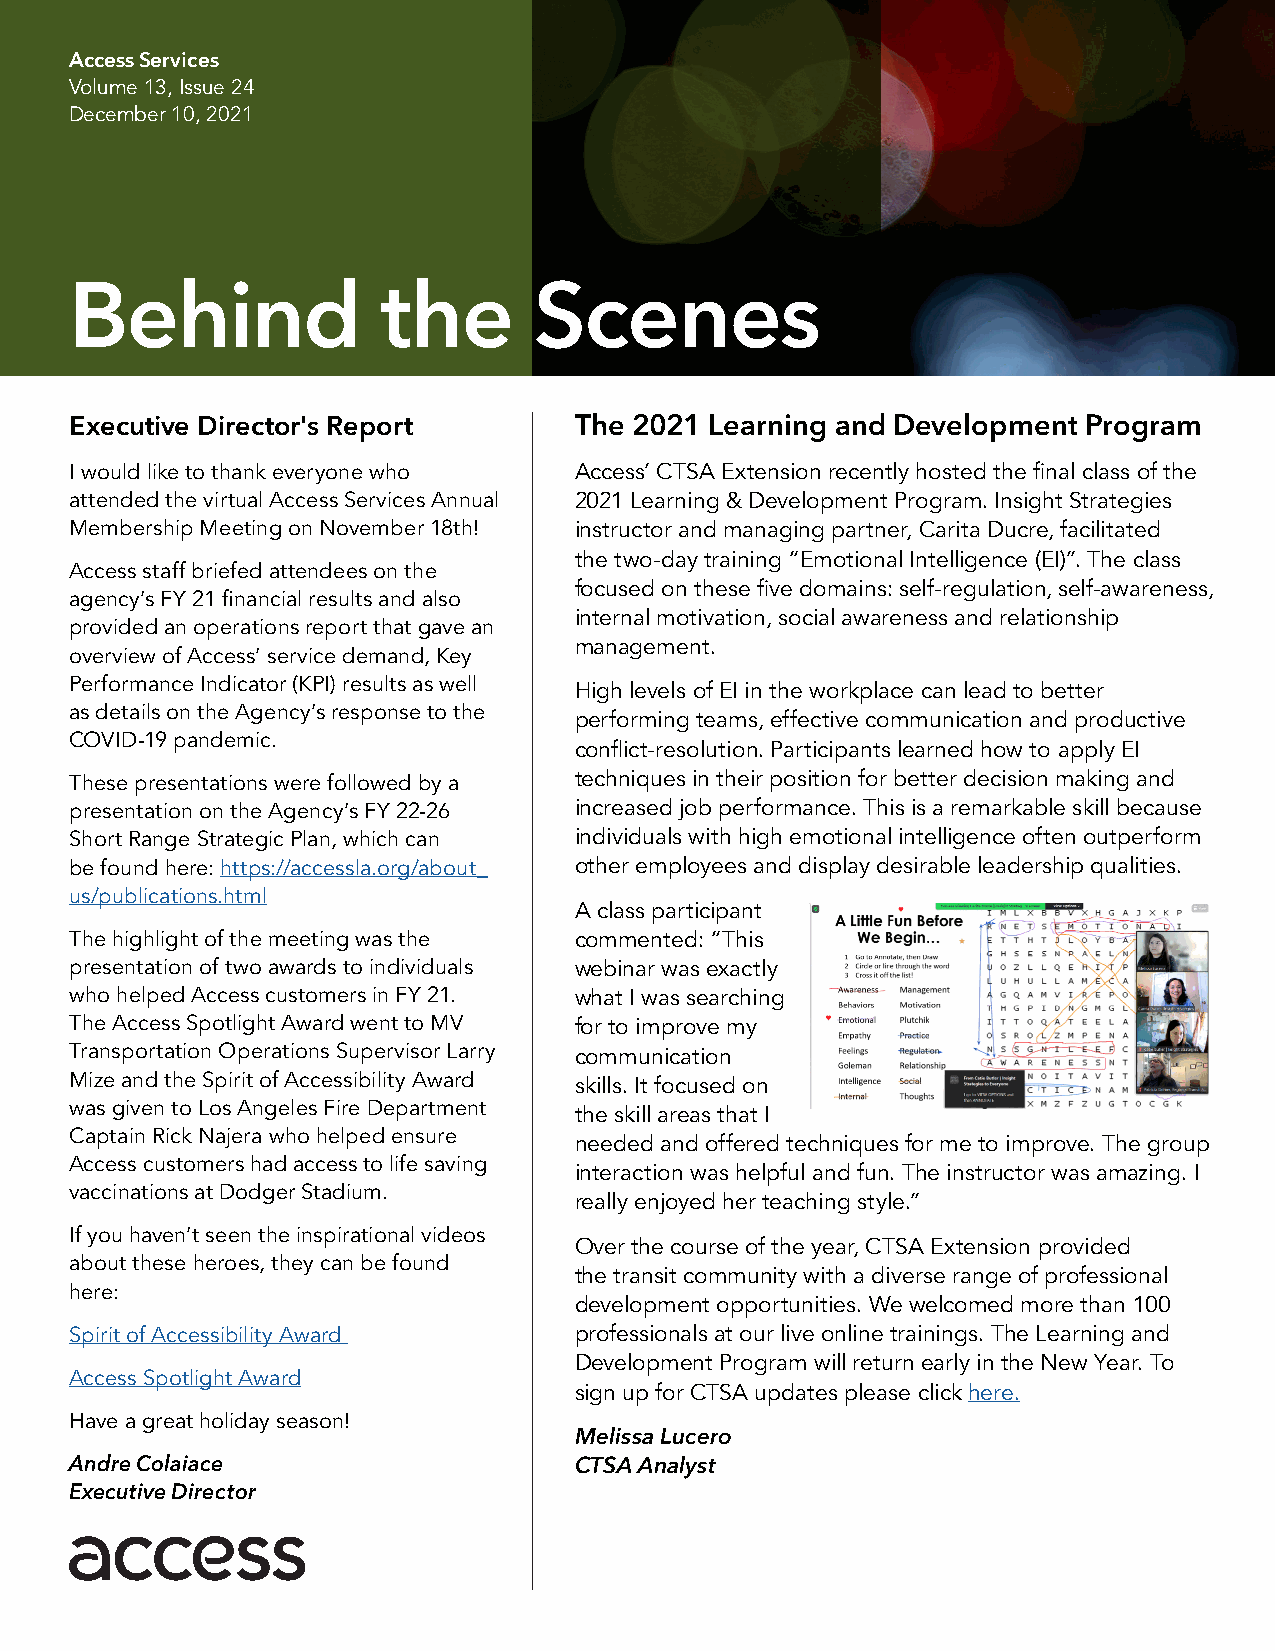
Access Services
 Volume 13, Issue 24
 December 10, 2021
 Behind              the       Scenes
 Executive Director's Report      The 2021 Learning and Development Program
 I would like to thank everyone who Access’ CTSA Extension recently hosted the final class of the
 attended the virtual Access Services Annual 2021 Learning & Development Program. Insight Strategies
 Membership Meeting on November 18th! instructor and managing partner, Carita Ducre, facilitated
 the two-day training “Emotional Intelligence (EI)”. The class
 Access staff briefed attendees on the
 focused on these five domains: self-regulation, self-awareness,
 agency’s FY 21 financial results and also
 internal motivation, social awareness and relationship
 provided an operations report that gave an
 management.
 overview of Access’ service demand, Key
 Performance Indicator (KPI) results as well
 High levels of EI in the workplace can lead to better
 as details on the Agency’s response to the
 performing teams, effective communication and productive
 COVID-19 pandemic.
 conflict-resolution. Participants learned how to apply EI
 These presentations were followed by a techniques in their position for better decision making and
 presentation on the Agency’s FY 22-26 increased job performance. This is a remarkable skill because
 Short Range Strategic Plan, which can individuals with high emotional intelligence often outperform
 be found here: https://accessla.org/about_ other employees and display desirable leadership qualities.
 us/publications.html
 A class participant
 The highlight of the meeting was the commented: “This
 presentation of two awards to individuals webinar was exactly
 who helped Access customers in FY 21. what I was searching
 The Access Spotlight Award went to MV for to improve my
 Transportation Operations Supervisor Larry communication
 Mize and the Spirit of Accessibility Award skills. It focused on
 was given to Los Angeles Fire Department
 the skill areas that I
 Captain Rick Najera who helped ensure
 needed and offered techniques for me to improve. The group
 Access customers had access to life saving
 interaction was helpful and fun. The instructor was amazing. I
 vaccinations at Dodger Stadium.
 really enjoyed her teaching style.”
 If you haven’t seen the inspirational videos
 Over the course of the year, CTSA Extension provided
 about these heroes, they can be found
 the transit community with a diverse range of professional
 here:
 development opportunities. We welcomed more than 100
 Spirit of Accessibility Award    professionals at our live online trainings. The Learning and
 Development Program will return early in the New Year. To
 Access Spotlight Award
 sign up for CTSA updates please click here.
 Have a great holiday season!
 Melissa Lucero
 Andre Colaiace                   CTSA Analyst
 Executive Director